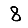
Digit: 8